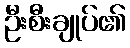
ဦးစီးချုပ်၏